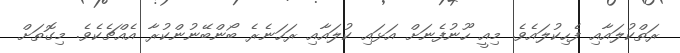
ރަތްކުލައާއި ފެހިކުލައެވެ. މިއީ ހޫނުފެނަށް އަޅައި ކުލައާއި ރަހަނެރެ ބޯންބޭނުންކުރާ އެއްޗެކެވެ. މިގޮތަށް